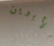
الأبوين